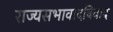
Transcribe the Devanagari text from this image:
राज्यसभावादविवाद